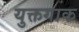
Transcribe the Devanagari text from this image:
युक्तगाक